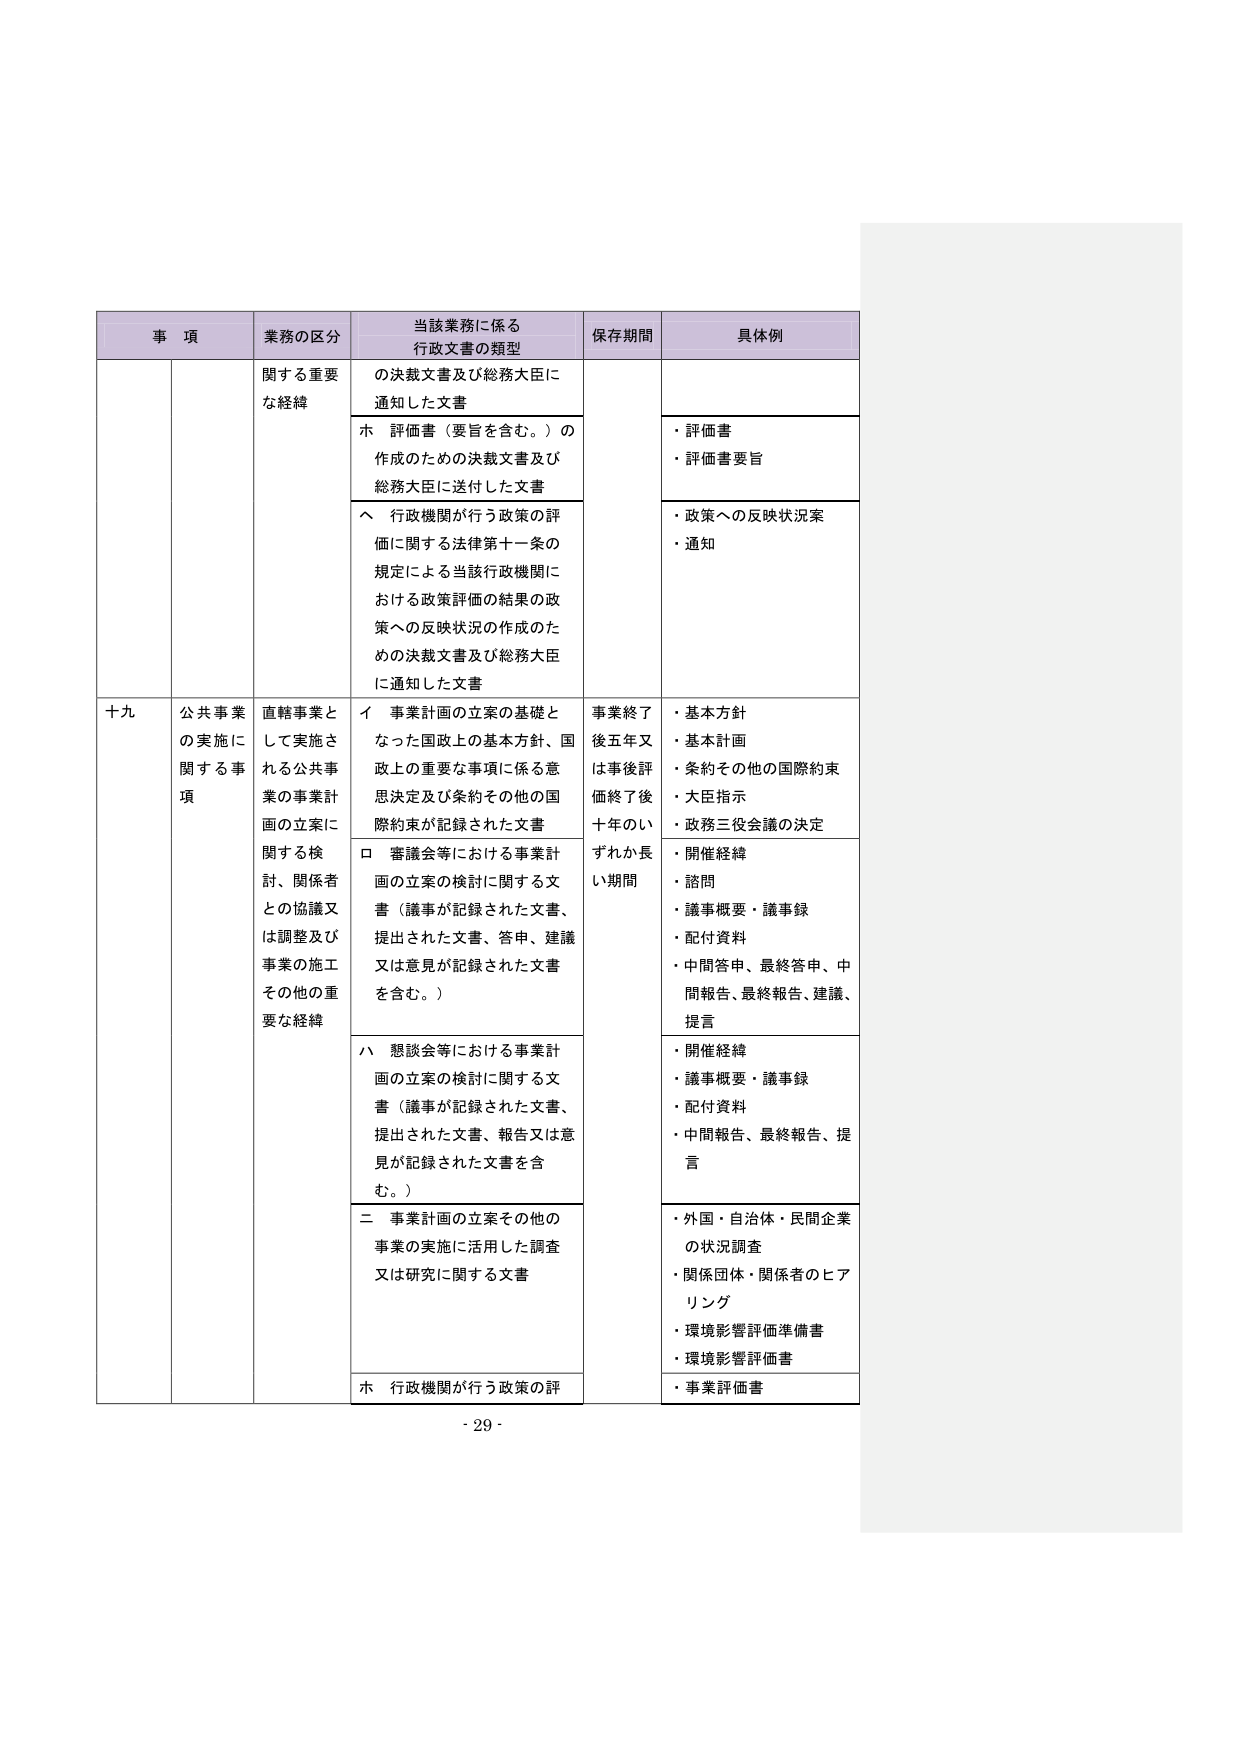
事 項 業務の区分 当該業務に係る 行政文書の類型 保存期間 具体例 関する重要な経緯 の決裁文書及び総務大臣に 通知した文書 ホ 評価書（要旨を含む。）の 作成のための決裁文書及び 総務大臣に送付した文書 ・評価書 ・評価書要旨 へ 行政機関が行う政策の評 価に関する法律第十一条の 規定による当該行政機関に おける政策評価の結果の政 策への反映状況の作成のた めの決裁文書及び総務大臣 に通知した文書 ・政策への反映状況案 ・通知 十九 公共事業 の実施に 関する事 項 直轄事業と して実施さ れる公共事 業の事業計 画の立案に 関する検 討、関係者 との協議又 は調整及び 事業の施工 その他の重 要な経緯 イ 事業計画の立案の基礎と なった国政上の基本方針、国 政上の重要な事項に係る意 思決定及び条約その他の国 際約束が記録された文書 事業終了 後五年又 は事後評 価終了後 十年のい ずれか長 い期間 ・基本方針 ・基本計画 ・条約その他の国際約束 ・大臣指示 ・政務三役会議の決定 ロ 審議会等における事業計 画の立案の検討に関する文 書（議事が記録された文書、 提出された文書、答申、建議 又は意見が記録された文書 を含む。） ・開催経緯 ・諮問 ・議事概要・議事録 ・配付資料 ・中間答申、最終答申、中 間報告、最終報告、建議、 提言 ハ 懇談会等における事業計 画の立案の検討に関する文 書（議事が記録された文書、 提出された文書、報告又は意 見が記録された文書を含 む。） ・開催経緯 ・議事概要・議事録 ・配付資料 ・中間報告、最終報告、提 言 二 事業計画の立案その他の 事業の実施に活用した調査 又は研究に関する文書 ・外国・自治体・民間企業 の状況調査 ・関係団体・関係者のヒア リング ・環境影響評価準備書 ・環境影響評価書 ホ 行政機関が行う政策の評 ・事業評価書 - 29 -